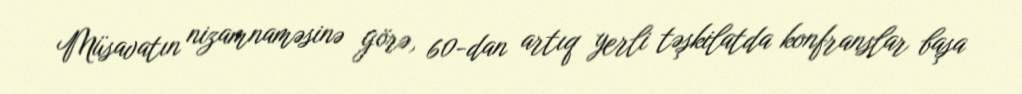
Müsavatın nizamnaməsinə görə, 60-dan artıq yerli təşkilatda konfranslar başa